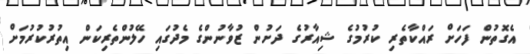
އެގޮތުން ފަހަށް ރައްކާތެރި ކުރުމުގެ ޝިއާރުގެ ދަށުން ޒުވާނުންގެ މެދުގައި ހޭލުންތެރިކަން އިތުރުކުރުމަށް